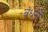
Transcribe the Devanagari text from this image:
बंधनोँ